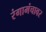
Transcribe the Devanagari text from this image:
रंगामंचावर